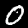
Digit: 0